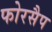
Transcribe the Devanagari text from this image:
फोरसैप